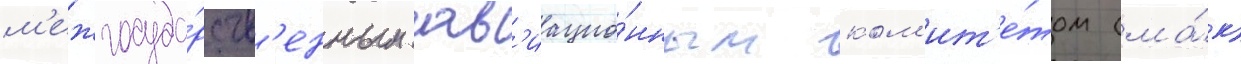
м'ежгосуда́рств'енным ав'иацио́нным ком'ит'е́том (ма́к)